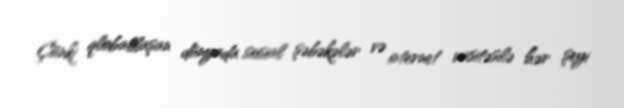
Çünki qloballaşan dünyada sosial şəbəkələr və internet vasitəsilə hər şeyi